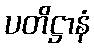
ပတိဋ္ဌာနံ